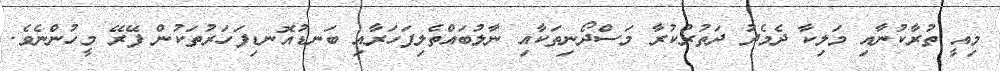
މިއީ ތުރާކުނާއި މަލިކާ ދެމެދު ދަތުރުކުރާ މަސްދޯނިތަކާއި ނާލުބައްތެލިފަހަރާއި ބަނޑުއޮނޑިފަހަރުތަކުން ފޭރޭ މީހުންނެވެ.